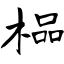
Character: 榀